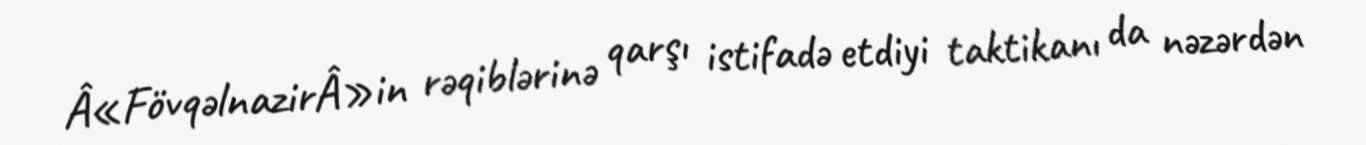
Â«FövqəlnazirÂ»in rəqiblərinə qarşı istifadə etdiyi taktikanı da nəzərdən